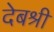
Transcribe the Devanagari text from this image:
देबश्री